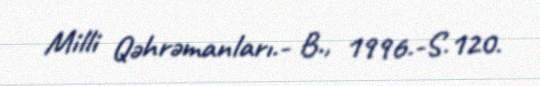
Milli Qəhrəmanları.- B., 1996.-S.120.